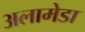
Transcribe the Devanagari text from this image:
अलामेडा